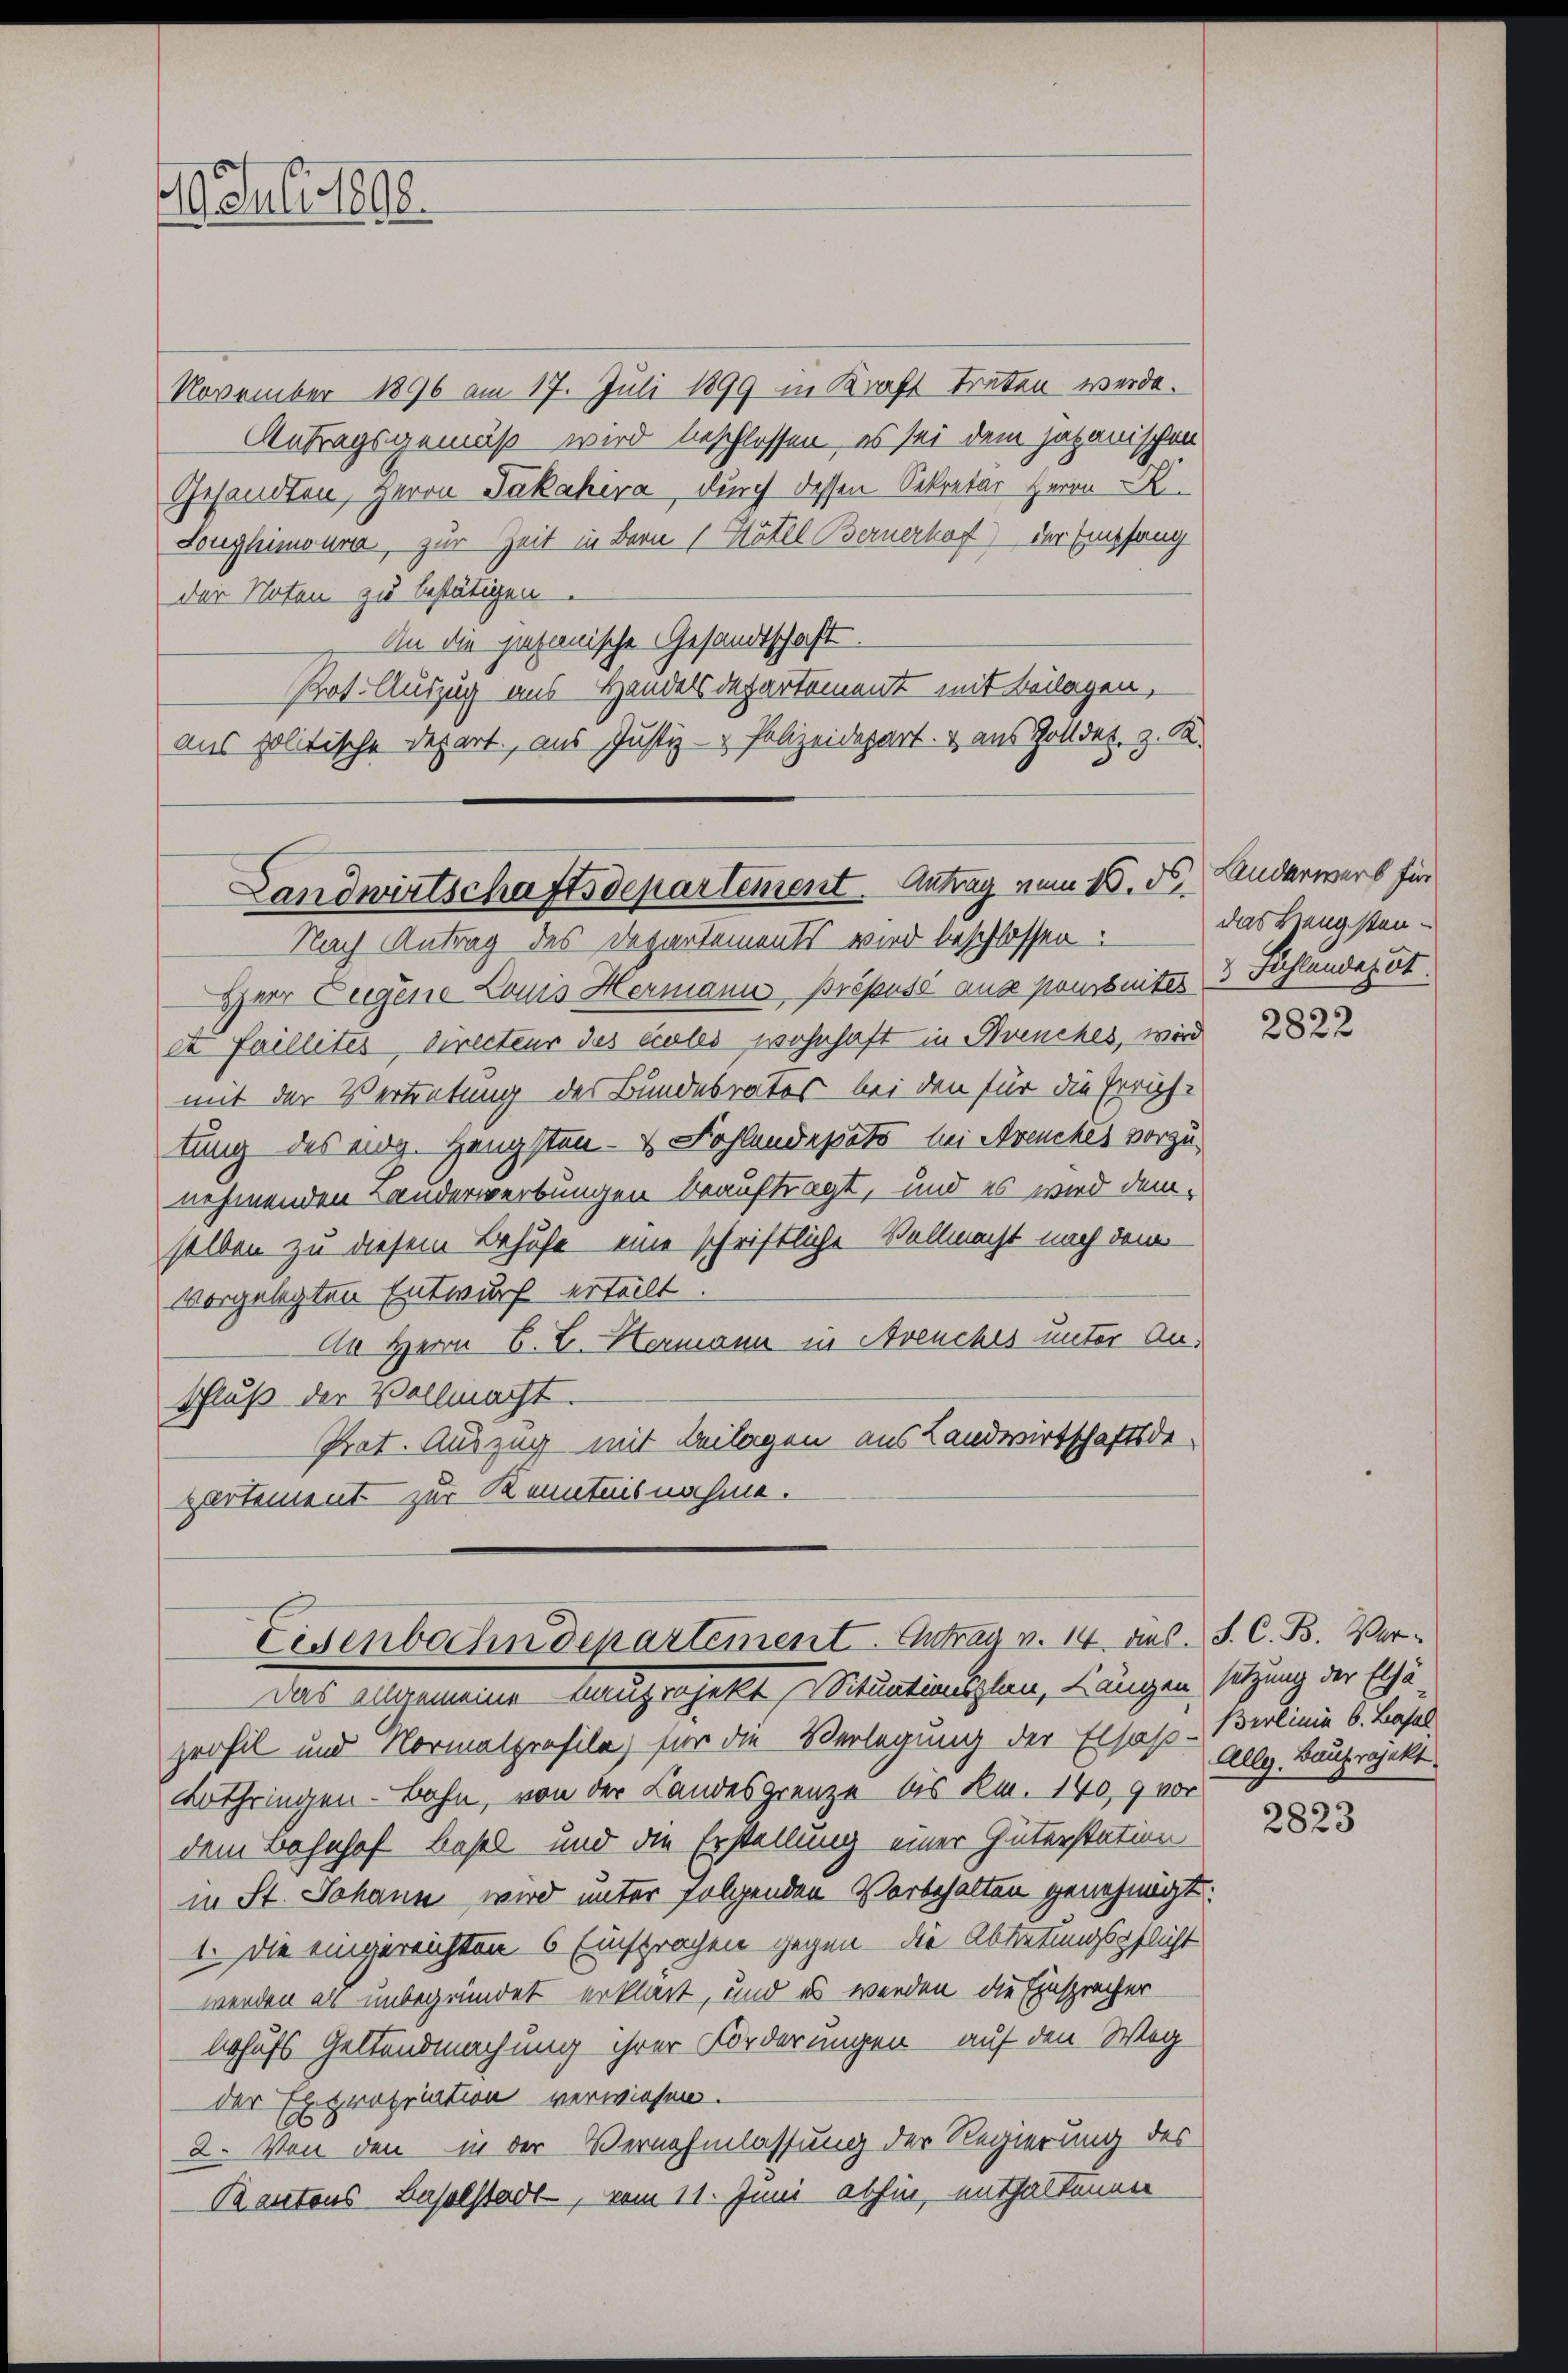
19. Juli 1890.

November 1896 am 17. Juli 1899 in Kraft treten werde.
Antragsgemäß wird beschlossen, es sei dem japanischen
Gesandten, Herrn Jakahira, durch dessen Sekretär Herrn
Longhimoura, zur Zeit in Bern / Hôtel Bernerhof der Empfang
der Noten zu bestätigen
An die gesanische Gesandtschaft.
Pot. Auszug aus Handelsdepartement mit Beilagen,
aus politische Depart, aus Justiz- & Polizeidepart & aus Zolldet, z. R.

Herr Eugene Louis Hermann, Bröpusé aus pourbeiter 3 Fehlendeput.
et faillités, Directeur des eccles wohnhaft in Avenches, wird
mit der Vertretung des Bundesrates bei den für die Erricht
tung des eing. Hengsten- & Fohlendepato bei Avenches vorzunehmenden Bruderwerbungen beauftragt, und es wird demselben zu diesem Behufe eine schriftliche Vollmacht nach dem
vorgelegten Entwurf erteilt.
An Herrn C. C. Hermann in Avenches unter An¬
Schluß der Vollmacht.
Prat. Auszug mit Beilagen aus Landwirtschaftsde-
partement zur Kenntnisnahme.
Eisenbahndepartement. Antrag v. 14. dies J. C. B. Ver¬
Das angemeine kanprojekt Situationsplan, Längen setzung der Elsä
profil und Normalprofile) für die Verlegung der Elsass-Berlinie 6. Basel
Lothringen - Bahn, von der Landesgrenze bis kn. 140, 9 vor
dem Bahnhof Basel und die Erstellung einer Güterstation
in St. Johann wird unter folgenden Vorbehalten genehmigt.
1. Die eingereichten 6 Einsprachen gegen die Abtretungspflicht
werden als unbegründet erklärt, und es werden die Einspracher
behufs Geltendmachung ihrer Forderungen auf den Weg
der Expropriation verwiesen.
2. Von den in der Vernehmlassung der Regierung des
Kantons Baselstadt, vom 11. Juni abhin, enthaltenen

Landwirtschaftsdepartement. Antrag vom 16. ds.
Nach Antrag des Departements wird beschlossen:

Anderwerb für
das Hengsten-

2822

Allg. Bauprojekt.

2823